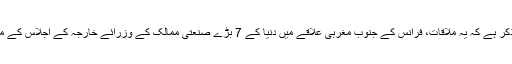
یہ بات قابل ذکر ہے کہ یہ ملاقات، فرانس کے جنوب مغربی علاقے میں دنیا کے 7 بڑے صنعتی ممالک کے وزرائے خارجہ کے اجلاس کے موقع پر ہوئی۔